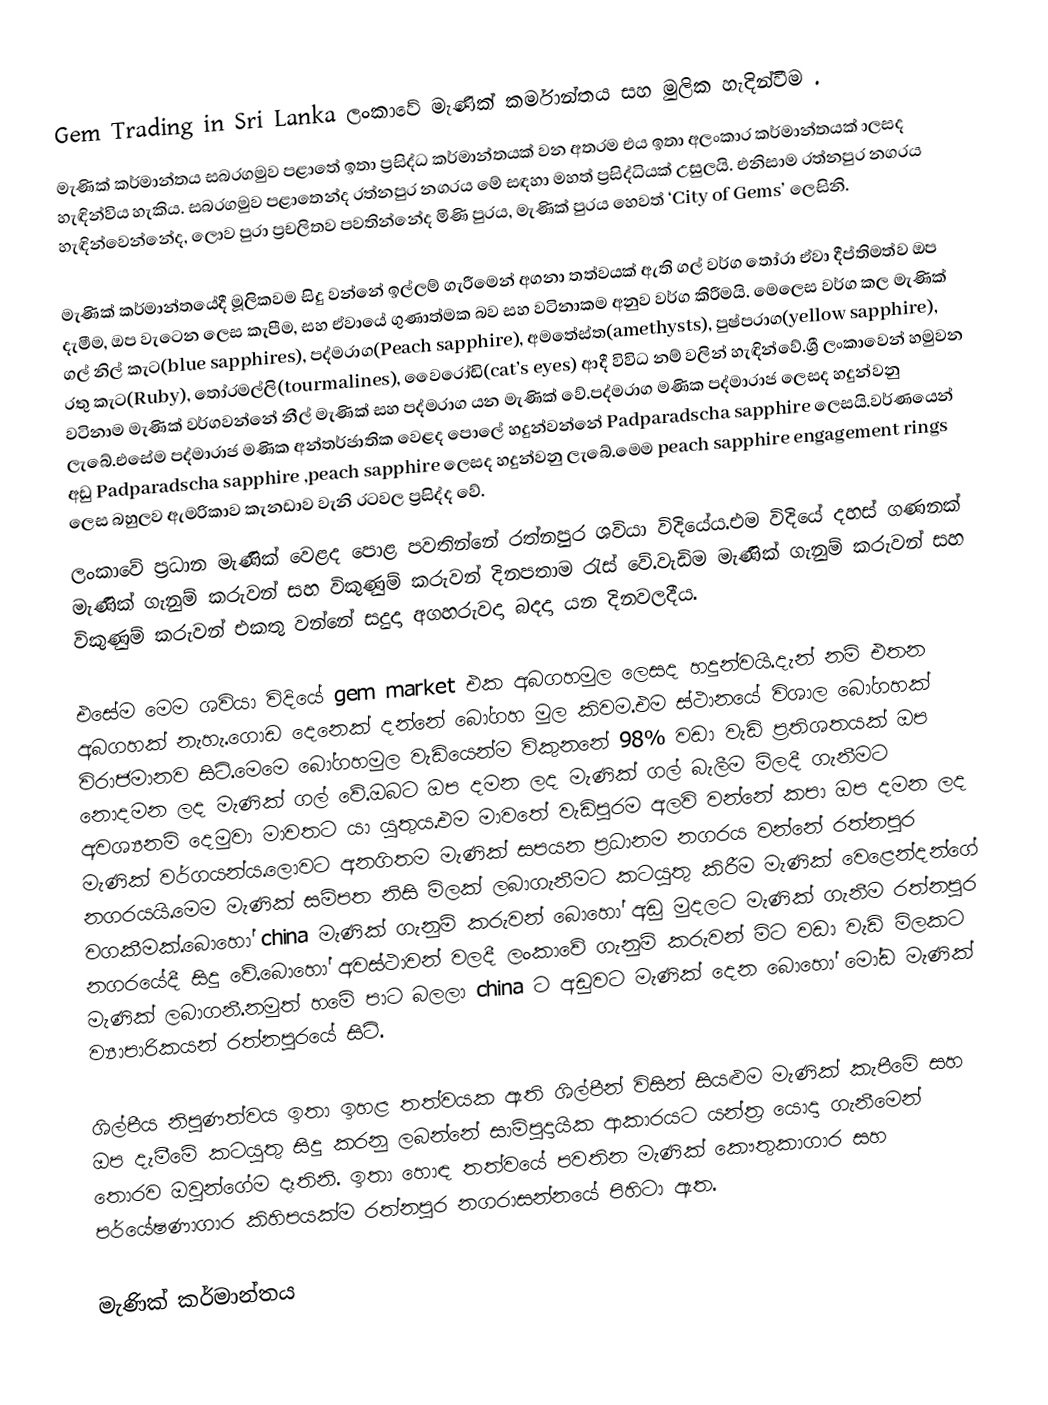

Gem Trading in Sri Lanka ලංකාවේ මැණික් කර්මාන්තය සහ මුලික හැදින්වීම .
මැණික් කර්මාන්තය සබරගමුව පළාතේ  ඉතා ප්‍රසිද්ධ කර්මාන්තයක් වන  අතරම එය ඉතා අලංකාර කර්මාන්තයක් ාලසද හැඳින්විය හැකිය. සබරගමුව පළාතෙන්ද  රත්නපුර නගරය මේ සඳහා මහත් ප්‍රසිද්ධියක් උසුලයි. එනිසාම රත්නපුර නගරය හැඳින්වෙන්නේද, ලොව පුරා ප්‍රචලිතව පවතින්නේද මිණි පුරය, මැණික් පුරය හෙවත් ‘City of Gems’ ලෙසිනි.

මැණික් කර්මාන්තයේදී මූලිකවම සිදු වන්නේ ඉල්ලම් ගැරීමෙන් අගනා තත්වයක් ඇති ගල් වර්ග තෝරා ඒවා දීප්තිමත්ව ඔප දැමීම, ඔප වැටෙන ලෙස කැපීම, සහ ඒවායේ ගුණාත්මක බව සහ වටිනාකම අනුව වර්ග කිරීමයි. මෙලෙස වර්ග කල මැණික් ගල් නිල් කැට(blue sapphires), පද්මරාග(Peach sapphire), අමතේස්ත(amethysts), පුෂ්පරාග(yellow sapphire), රතු කැට(Ruby), තෝරමල්ලි(tourmalines), වෛරෝඩි(cat’s eyes) ආදී විවිධ නම් වලින් හැඳින්වේ.ශ්‍රී ලංකාවෙන් හමුවන වටිනාම මැණික් වර්ගවන්නේ නීල් මැණික් සහ පද්මරාග යන මැණික් වේ.පද්මරාග මණික පද්මාරාජ ලෙසද හදුන්වනු ලැබේ.එසේම පද්මාරාජ මණික අන්තර්ජාතික වෙළද පොලේ හදුන්වන්නේ Padparadscha sapphire  ලෙසයි.වර්ණයෙන් අඩු  Padparadscha sapphire ,peach sapphire ලෙසද හදුන්වනු ලැබේ.මෙම peach sapphire engagement rings ලෙස බහුලව ඇමරිකාව කැනඩාව වැනි රටවල ප්‍රසිද්ද වේ.
ලංකාවේ ප්‍රධාන මැණික් වෙළද පොළ පවතින්නේ රත්නපුර ශවියා විදියේය.එම විදියේ දහස් ගණනක් මැණික් ගැනුම් කරුවන් සහ විකුණුම් කරුවන් දිනපතාම රැස් වේ.වැඩිම මැණික් ගැනුම් කරුවන් සහ විකුණුම් කරුවන් එකතු වන්නේ සදුදා අගහරුවදා බදදා යන දිනවලදීය.

එසේම මෙම ශවියා විදියේ gem market එක අබගහමුල ලෙසද හදුන්වයි.දැන් නම් එතන අබගහක් නැහැ.ගොඩ දෙනෙක් දන්නේ බෝගහ මුල කිවම.එම ස්ථානයේ විශාල බෝගහක් විරාජමානව සිටි.මෙමෙ බෝගහමුල වැඩියෙන්ම විකුනනේ 98% වඩා වැඩි ප්‍රතිශතයක් ඔප නොදමන ලද මැණික් ගල් වේ.ඔබට ඔප දමන ලද මැණික් ගල් බැලීම මිලදී ගැනීමට අවශ්‍යනම් දෙමුවා මාවතට යා යුතුය.එම මාවතේ වැඩිපුරම අලවි වන්නේ කපා ඔප දමන ලද මැණික් වර්ගයන්ය.ලොවට අනගිතම මැණික් සපයන ප්‍රධානම නගරය වන්නේ රත්නපුර නගරයයි.මෙම මැණික් සම්පත නිසි මිලක් ලබාගැනීමට කටයුතු කිරීම මැණික් වෙළෙන්දන්ගේ වගකීමක්.බොහෝ china මැණික් ගැනුම් කරුවන් බොහෝ අඩු මුදලට මැණික් ගැනීම රත්නපුර නගරයේදී සිදු වේ.බොහෝ අවස්ථාවන් වලදී ලංකාවේ ගැනුම් කරුවන් මිට වඩා වැඩි මිලකට මැණික් ලබාගනී.නමුත් හමේ පාට බලලා china ට අඩුවට මැණික් දෙන බොහෝ මෝඩ මැණික් ව්‍යාපාරිකයන් රත්නපුරයේ සිටි.

ශිල්පීය නිපුණත්වය ඉතා ඉහළ තත්වයක ඇති ශිල්පීන් විසින් සියළුම මැණික් කැපීමේ සහ ඔප දැමීමේ කටයුතු සිදු කරනු ලබන්නේ සාම්පුදායික ආකාරයට යන්ත්‍ර යොදා ගැනීමෙන් තොරව ඔවුන්ගේම දෑතිනි. ඉතා හොඳ තත්වයේ පවතින මැණික් කෞතුකාගාර සහ පර්යේෂණාගාර කිහිපයක්ම රත්නපුර නගරාසන්නයේ පිහිටා ඇත.

මැණික් කර්මාන්තය